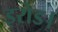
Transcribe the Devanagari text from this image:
इरोड।